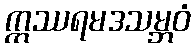
ဣဿရမဒသမ္ဘဝံ